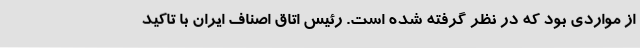
از مواردی بود که در نظر گرفته شده است. رئیس اتاق اصناف ایران با تاکید